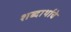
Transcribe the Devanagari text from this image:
शब्दार्थाचे